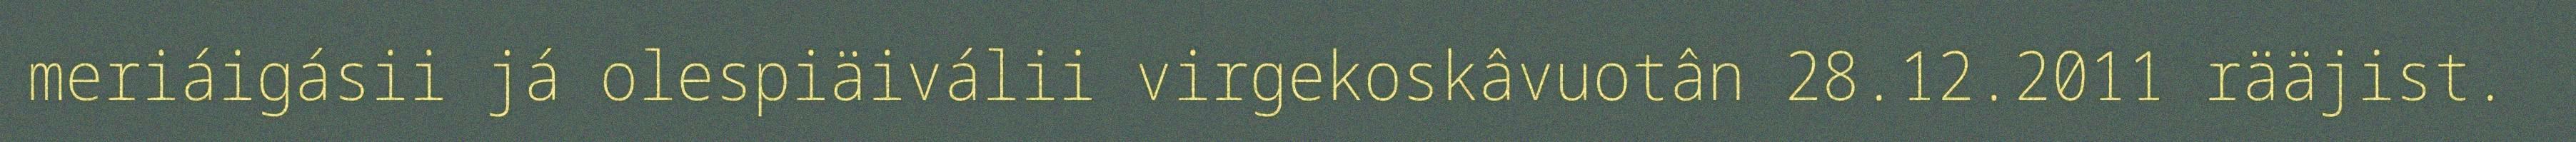
meriáigásii já olespiäiválii virgekoskâvuotân 28.12.2011 rääjist.